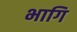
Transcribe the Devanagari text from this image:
भागि